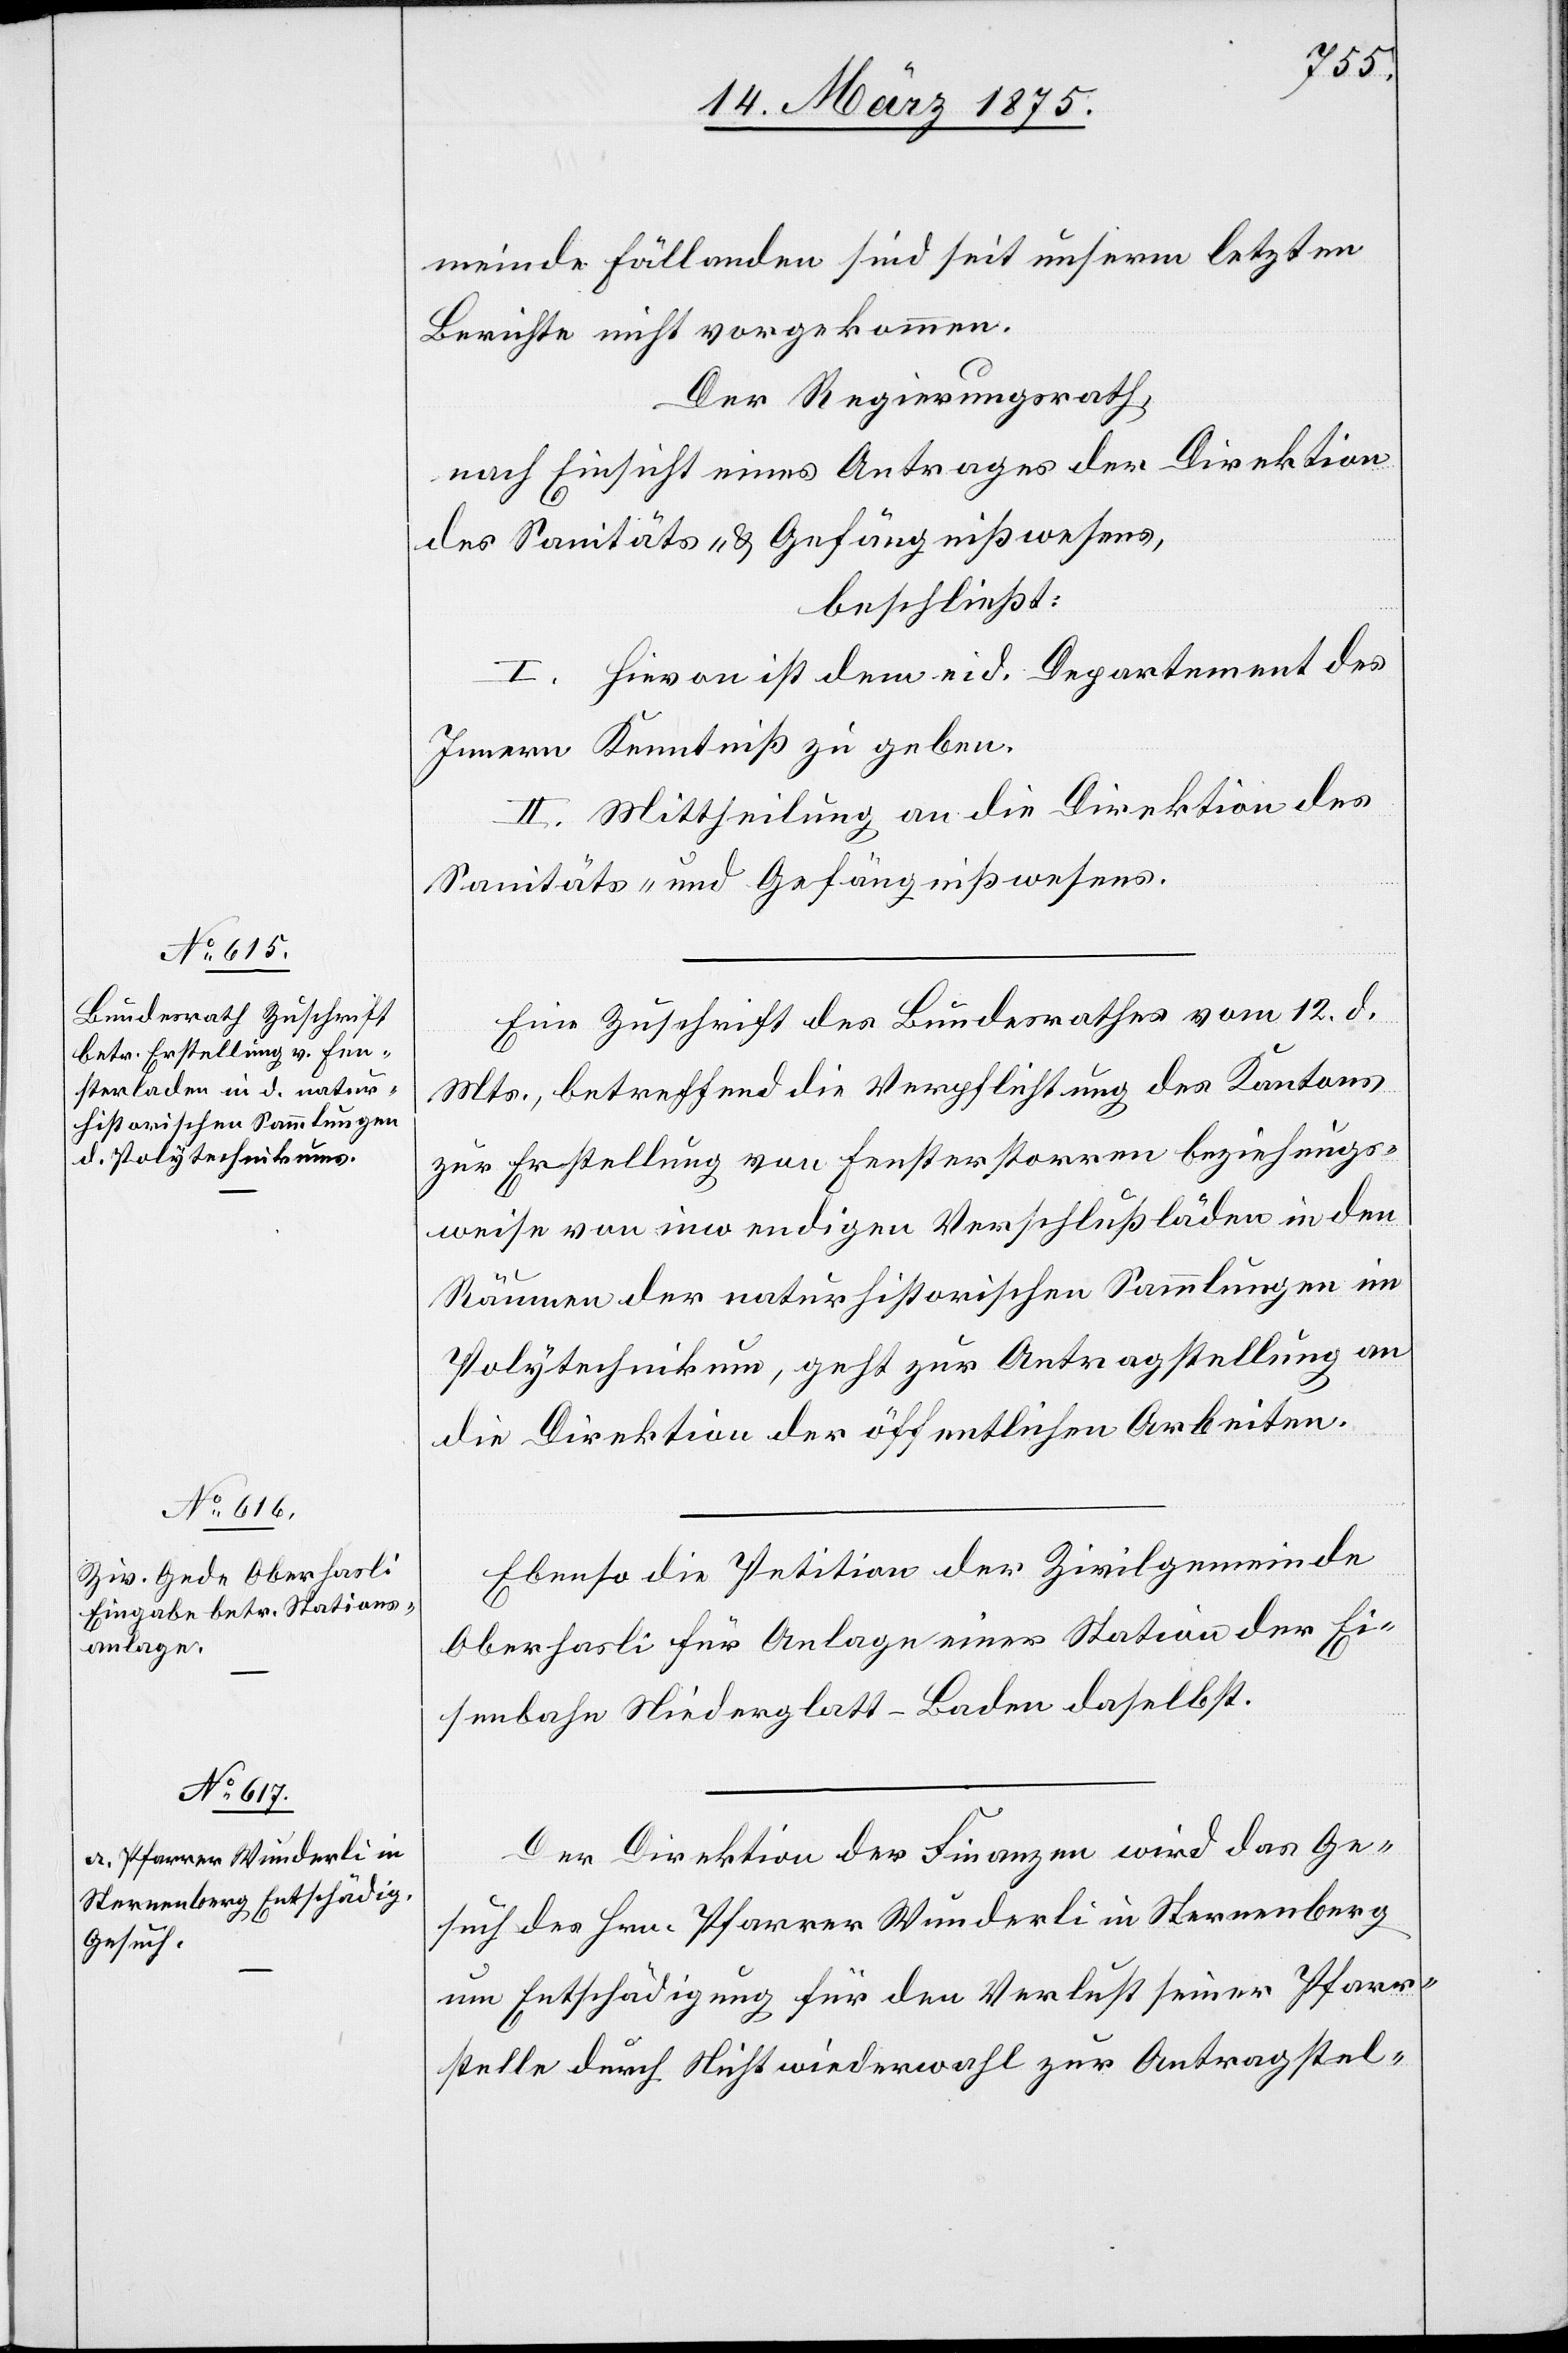
15. März 1875.]
meinde Fällanden sind seit unserm letzten
Berichte nicht vorgekommen.
Der Regierungsrath,
nach Einsicht eines Antrags der Direktion
des Sanitäts- & Gefängnißwesens,
beschließt:
I. Hievon dem eid. Departement des
Innern Kenntniß zu geben.
II. Mittheilung an die Direktion des
Sanitäts- und Gefängnißwesens.
Eine Zuschrift des Bundesrathes vom 12. d.
Mts., betreffend die Verpflichtung des Kantons
zu Erstellung von Fensterstorren beziehungs¬
weise von inwendigen Verschlußläden in den
Räumen der naturhistorischen Sammlungen im
Polytechnikum, geht zur Antragstellung an
die Direktion der öffentlichen Arbeiten.
Ebenso die Petition der Zivilgemeinde
Oberhasli für Anlage einer Station der Ei¬
senbahn Niederglatt–Baden daselbst.
Der Direktion der Finanzen wird das Ge¬
such des Hrn. Pfarrer Wunderli in Sternenberg
um Entschädigung für den Verlust seiner Pfarr¬
stelle durch Nichtwiederwahl zur Antragstel-